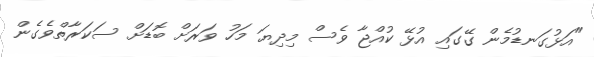
"އަޅުގަނޑުމެން ގޭގައި އުޅޭ ކުއްޖާ ވެސް މިދިޔަ މަހު ވަރަށް ބޮޑަށް ސަކަރާތްވެގެން